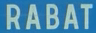
RABAT